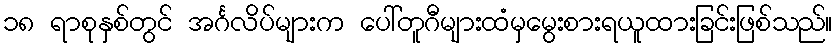
၁၈ ရာစုနှစ်တွင် အင်္ဂလိပ်များက ပေါ်တူဂီများထံမှမွေးစားရယူထားခြင်းဖြစ်သည်။